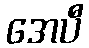
အေပီ